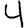
Digit: 4